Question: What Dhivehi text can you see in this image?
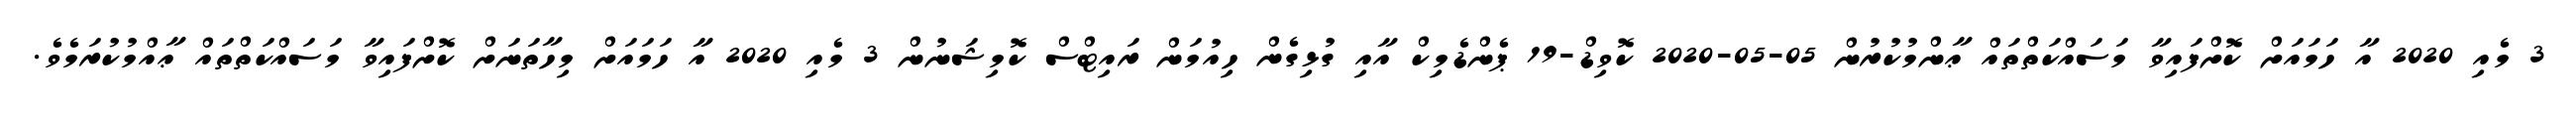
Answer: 3 މެއި 2020 އާ ހަމައަށް ކޮށްފައިވާ މަސައްކަތްތައް ޢާންމުކުރުން 05-05-2020 ކޮވިޑް-19 ޕެންޑެމިކް އާއި ގުޅިގެން ހިއުމަން ރައިޓްސް ކޮމިޝަނުން 3 މެއި 2020 އާ ހަމައަށް މިހާތަނަށް ކޮށްފައިވާ މަސައްކަތްތައް ޢާއްމުކުރަމެވެ.